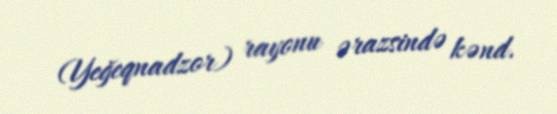
(Yeğeqnadzor) rayonu ərazsində kənd.